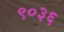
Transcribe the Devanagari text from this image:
९०३६